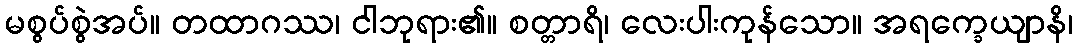
မစွပ်စွဲအပ်။ တထာဂဿ၊ ငါဘုရား၏။ စတ္တာရိ၊ လေးပါးကုန်သော။ အရက္ခေယျာနိ၊